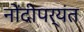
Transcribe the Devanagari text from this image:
नोंदीपर्यंत